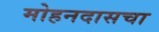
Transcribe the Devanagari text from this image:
मोहनदासचा